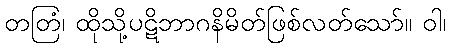
တတြံ၊ ထိုသို့ပဋိဘာဂနိမိတ်ဖြစ်လတ်သော်။ ဝါ၊